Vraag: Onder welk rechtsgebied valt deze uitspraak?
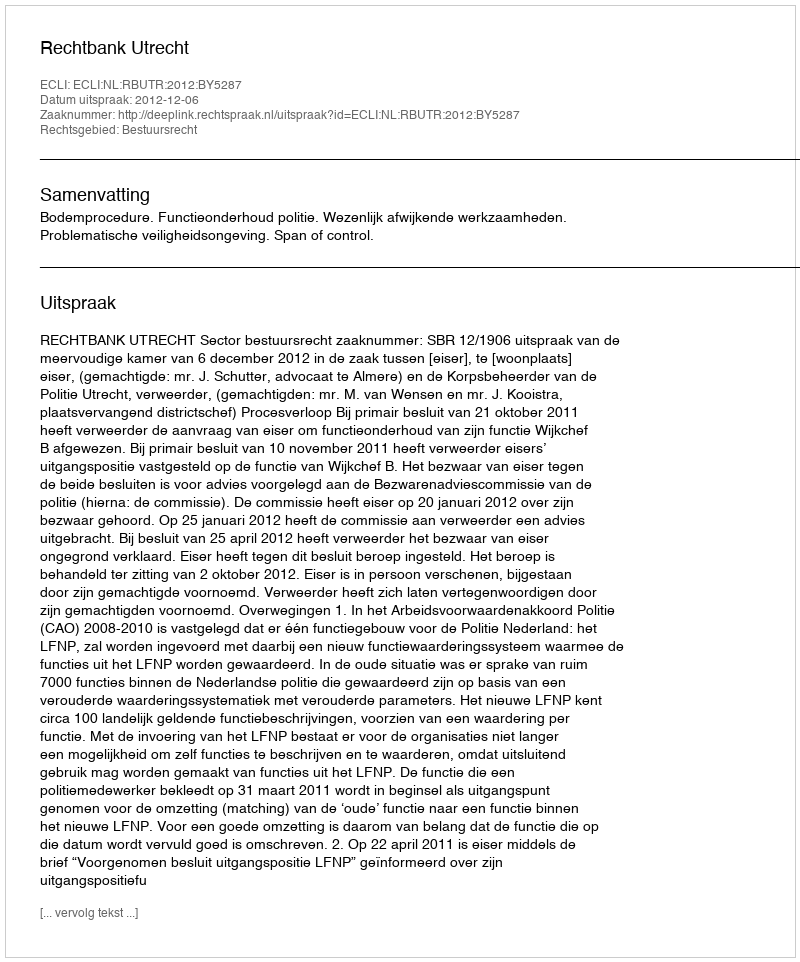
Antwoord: Bestuursrecht